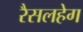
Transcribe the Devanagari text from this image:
रैसलहेग